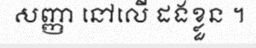
សញ្ញា នៅលើ ដងខ្លួន ។